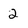
Character: 2